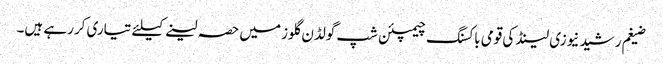
ضیغم رشید نیوزی لینڈ کی قومی باکسنگ چیمپئن شپ گولڈن گلوز میں حصہ لینے کیلئے تیاری کررہے ہیں۔